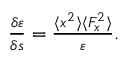
\begin{array} { r } { \frac { \delta \varepsilon } { \delta s } = \frac { \langle x ^ { 2 } \rangle \langle F _ { x } ^ { 2 } \rangle } { \varepsilon } . } \end{array}